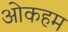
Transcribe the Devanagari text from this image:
ओकहम